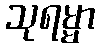
သုရမ္မာ